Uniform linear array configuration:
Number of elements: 16
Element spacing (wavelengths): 0.75
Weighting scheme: exponential
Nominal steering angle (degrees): -30
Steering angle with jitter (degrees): -31.823
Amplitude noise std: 0.05
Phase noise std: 0.05

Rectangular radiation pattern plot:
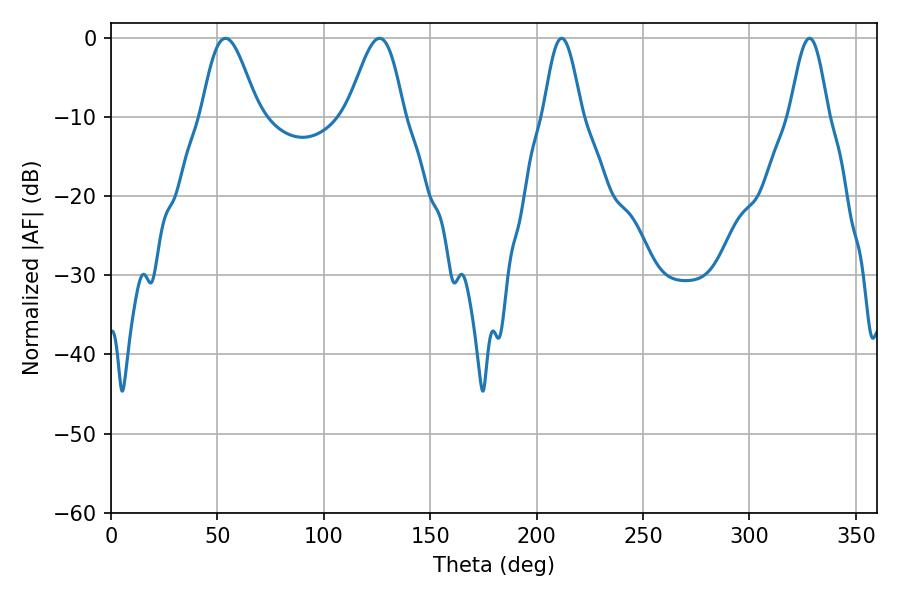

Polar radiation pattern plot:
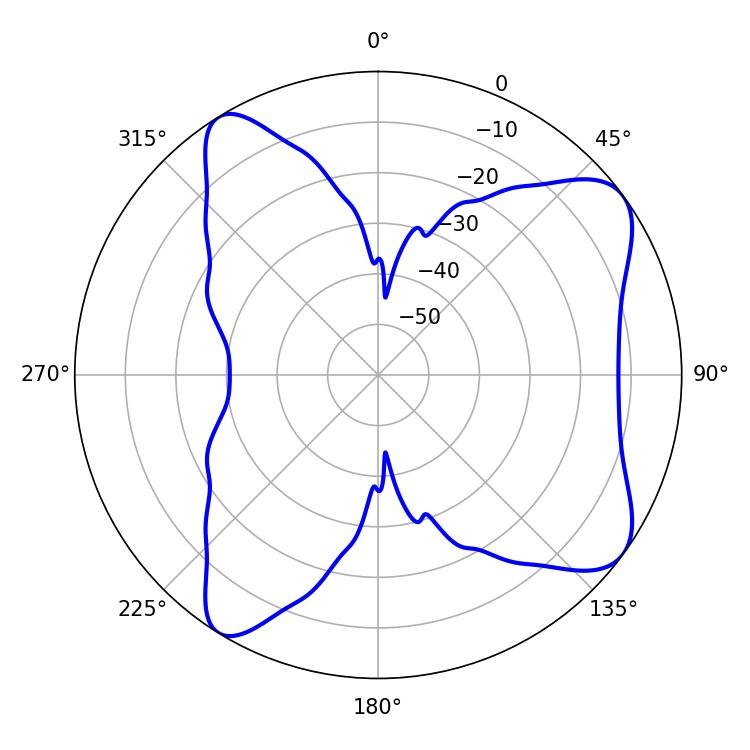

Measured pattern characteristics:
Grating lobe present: TRUE
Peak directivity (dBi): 8.446
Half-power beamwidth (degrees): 14.22
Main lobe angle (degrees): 53.82